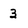
Character: 3